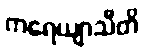
ကရေယျာသီတိ